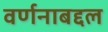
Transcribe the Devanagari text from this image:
वर्णनाबद्दल